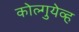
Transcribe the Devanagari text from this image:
कोल्गुयेव्ह